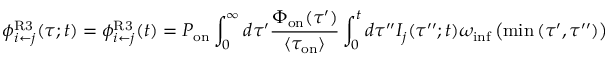
\phi _ { i \leftarrow j } ^ { \mathrm { R 3 } } ( \tau ; t ) = \phi _ { i \leftarrow j } ^ { \mathrm { R 3 } } ( t ) = P _ { \mathrm { o n } } \int _ { 0 } ^ { \infty } d \tau ^ { \prime } \frac { \Phi _ { \mathrm { o n } } ( \tau ^ { \prime } ) } { \langle \tau _ { \mathrm { o n } } \rangle } \int _ { 0 } ^ { t } d \tau ^ { \prime \prime } I _ { j } ( \tau ^ { \prime \prime } ; t ) \omega _ { \mathrm { i n f } } \left( \operatorname* { m i n } { ( \tau ^ { \prime } , \tau ^ { \prime \prime } ) } \right)